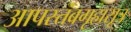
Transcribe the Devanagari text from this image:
आपस्तंबगृह्मसूत्र